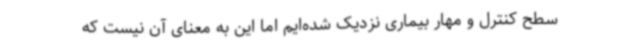
سطح کنترل و مهار بیماری نزدیک شده‌ایم اما این به معنای آن نیست که